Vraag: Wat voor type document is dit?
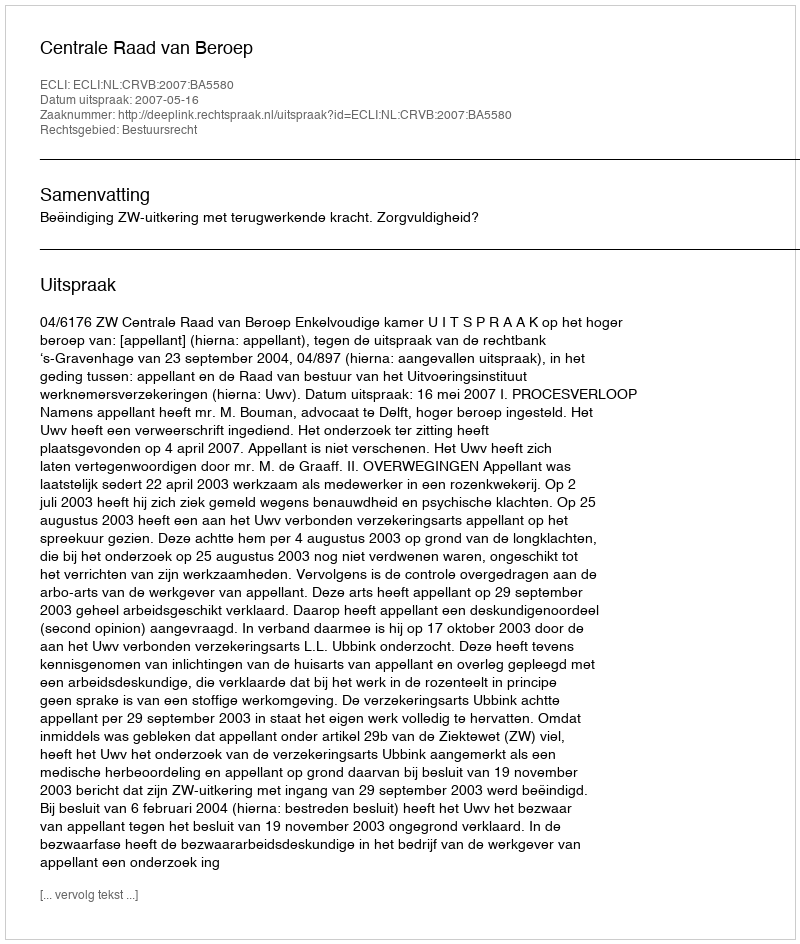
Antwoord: Uitspraak